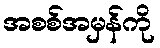
အစစ်အမှန်ကို